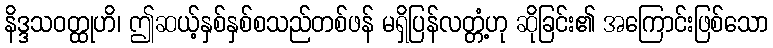
နိဒ္ဒသဝတ္ထုဟိ၊ ဤဆယ့်နှစ်နှစ်စသည်တစ်ဖန် မရှိပြန်လတ္တံ့ဟု ဆိုခြင်း၏ အကြောင်းဖြစ်သော